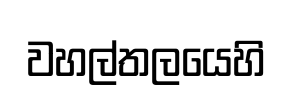
වහල්තලයෙහි